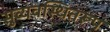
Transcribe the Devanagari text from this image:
सुव्यवस्थितरूप